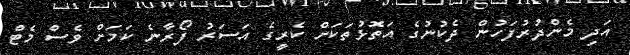
އަދި މެންދުރުފަހުން ދެކުނުގެ އަތޮޅުތަކަށް ކެރީގެ އަސަރު ފޯރާނެ ކަމަށް ވެސް މެޓް